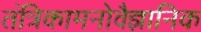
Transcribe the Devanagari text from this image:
तंत्रिकामनोवैज्ञानिक